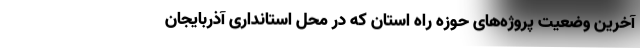
آخرین وضعیت پروژه‌های حوزه راه استان که در محل استانداری آذربایجان